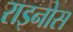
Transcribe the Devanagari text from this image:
राइनोस